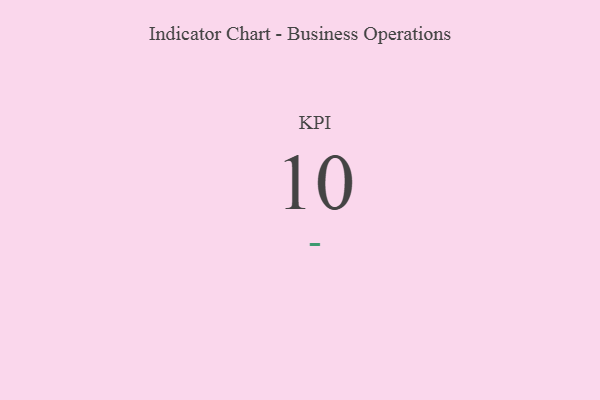
{"axis": {"x": "KPI", "y": "Value"}, "legend": [""], "data": [{"x": "KPI", "y": 10, "type": ""}]}